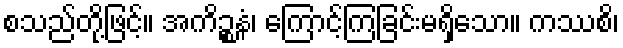
စသည်တို့ဖြင့်။ အကိဉ္စနံ၊ ကြောင့်ကြခြင်းမရှိသော။ ကဿစိ၊